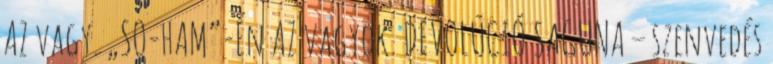
AZ vagy. „SO-HAM”-Én AZ vagyok. DEVOLÚCIÓ SAGUNA – szenvedés